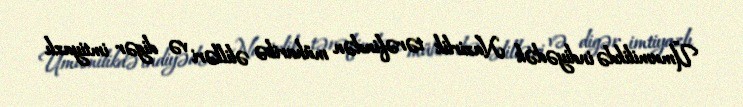
Ümumilikdə indiyədək Nazirlik tərəfindən müharibə əlilləri və digər imtiyazlı